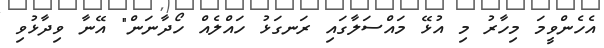
އެހެންވީމަ މިހާރު މި އުޅޭ މައްސަލާގައި ރަނގަޅު ހައްލެއް ހޯދާނަން" އޭނާ ވިދާޅުވި